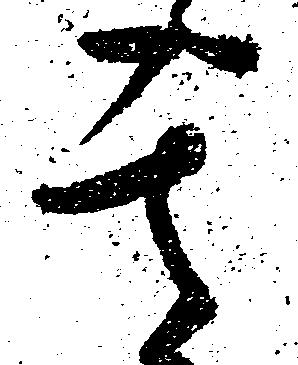
其